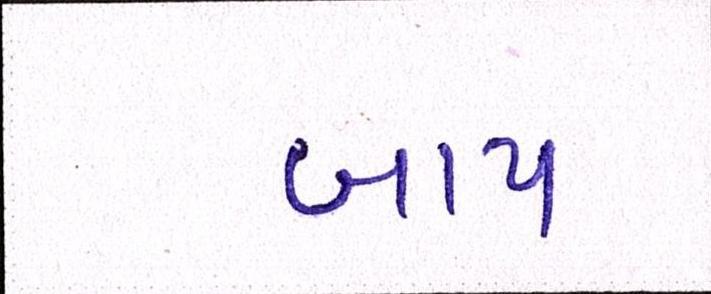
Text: બાપ